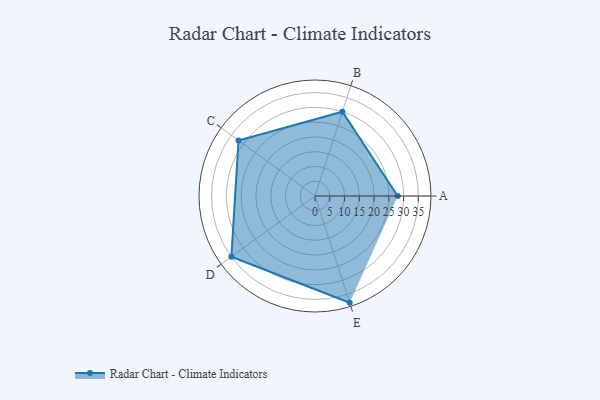
{"axis": {"x": "Skill", "y": "Score"}, "legend": ["Profile"], "data": [{"x": "A", "y": 28.0, "type": "Profile"}, {"x": "B", "y": 30.0, "type": "Profile"}, {"x": "C", "y": 32.0, "type": "Profile"}, {"x": "D", "y": 35.0, "type": "Profile"}, {"x": "E", "y": 38.0, "type": "Profile"}]}